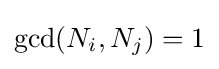
\gcd(N_{i},N_{j})=1